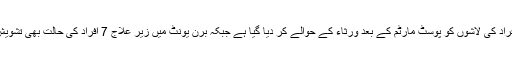
جاں بحق افراد کی لاشوں کو پوسٹ مارٹم کے بعد ورثاء کے حوالے کر دیا گیا ہے جبکہ برن یونٹ میں زیر علاج 7 افراد کی حالت بھی تشویش ناک ہے۔